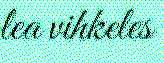
lea vihkeles